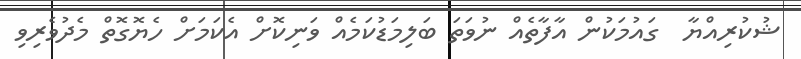
ޝުކުރިއްޔާ  ގައުމަކުން އާފާތެއް ނުވަތަ ބަލިމަޑުކަމެއް ވަނިކޮށް އެކަމަށް ހެޔޮގޮތް މެދުވެރިވި